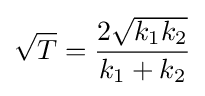
{\sqrt {T}}={\frac {2{\sqrt {k_{1}k_{2}}}}{k_{1}+k_{2}}}